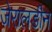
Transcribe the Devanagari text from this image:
जेरालडीन